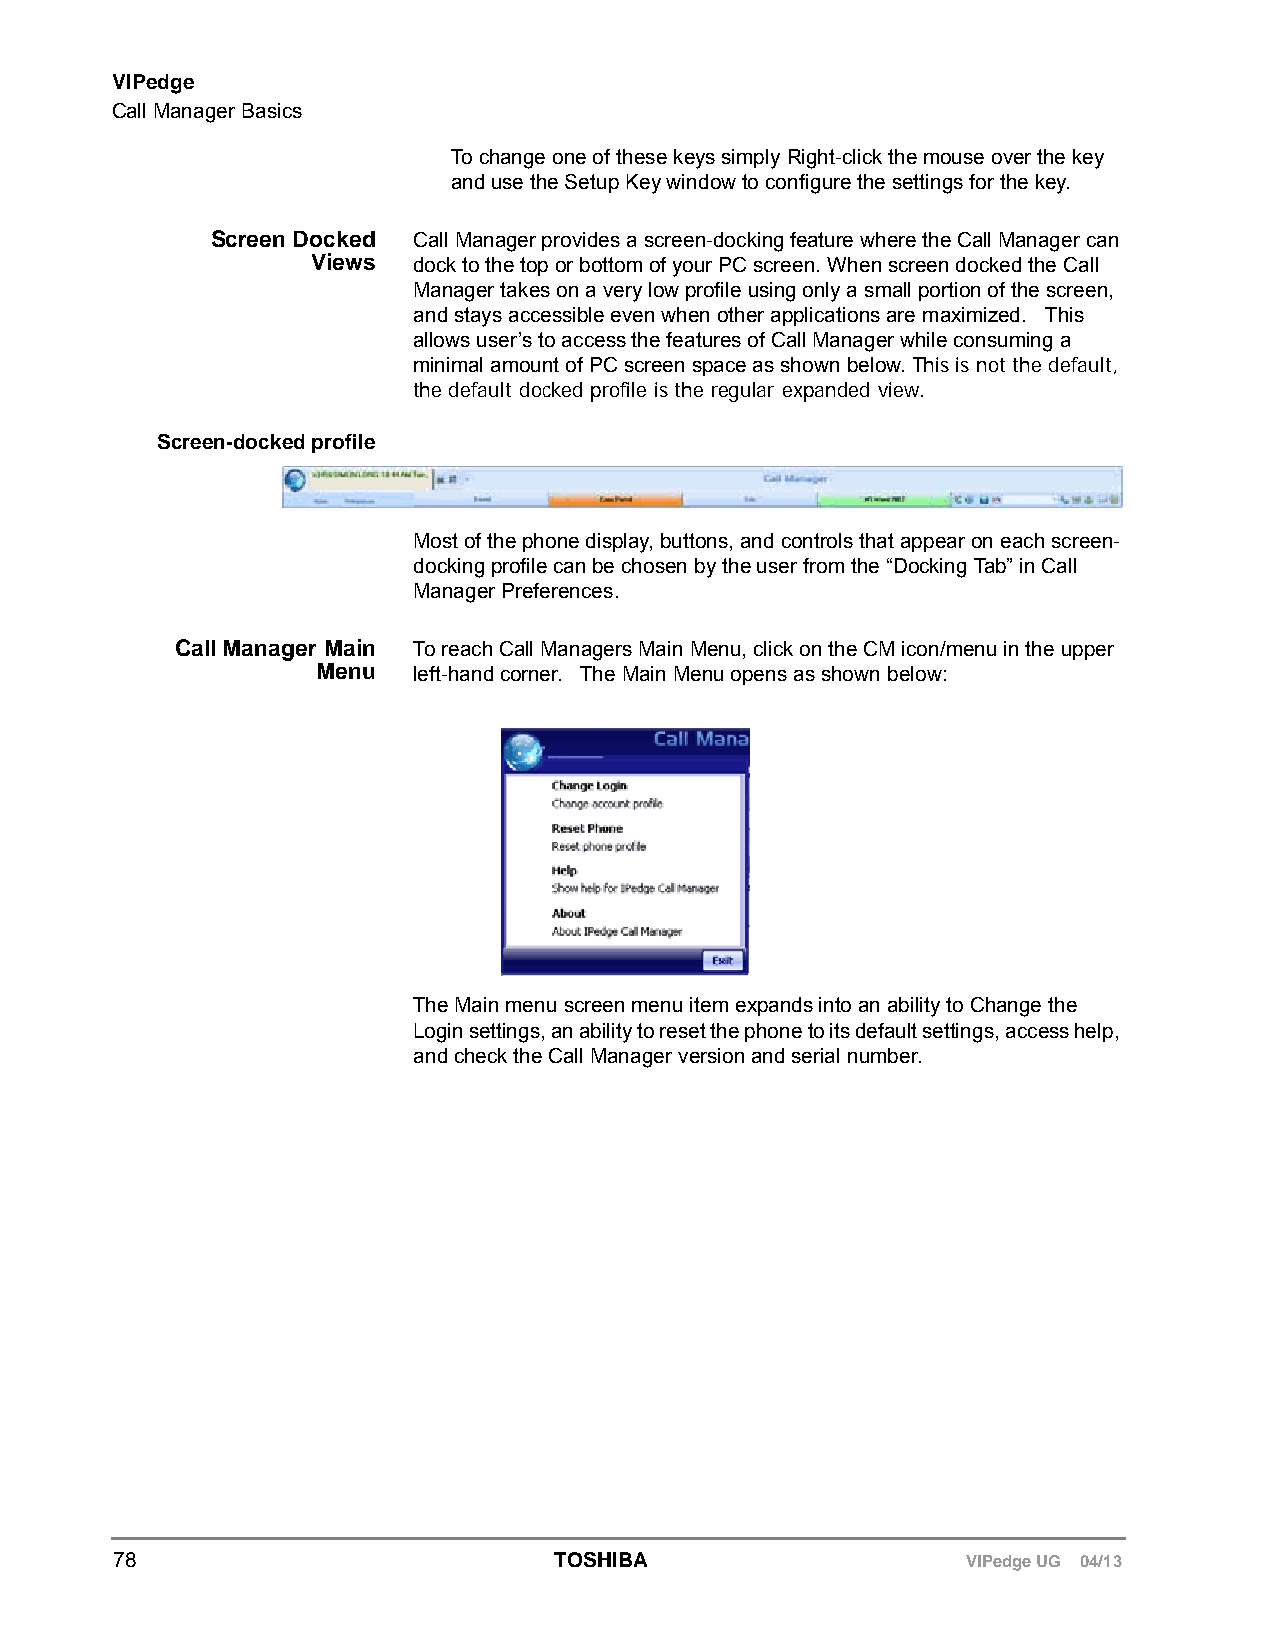
VIPedge
 Call Manager Basics
 To change one of these keys simply Right-click the mouse over the key
 and use the Setup Key window to configure the settings for the key.
 Screen Docked Call Manager provides a screen-docking feature where the Call Manager can
 Views dock to the top or bottom of your PC screen. When screen docked the Call
 Manager takes on a very low profile using only a small portion of the screen,
 and stays accessible even when other applications are maximized. This
 allows user’s to access the features of Call Manager while consuming a
 minimal amount of PC screen space as shown below. This is not the default,
 the default docked profile is the regular expanded view.
 Screen-docked profile
 Most of the phone display, buttons, and controls that appear on each screen-
 docking profile can be chosen by the user from the “Docking Tab” in Call
 Manager Preferences.
 Call Manager Main To reach Call Managers Main Menu, click on the CM icon/menu in the upper
 Menu  left-hand corner. The Main Menu opens as shown below:
 The Main menu screen menu item expands into an ability to Change the
 Login settings, an ability to reset the phone to its default settings, access help,
 and check the Call Manager version and serial number.
 78                           TOSHIBA                    VIPedge UG 04/13